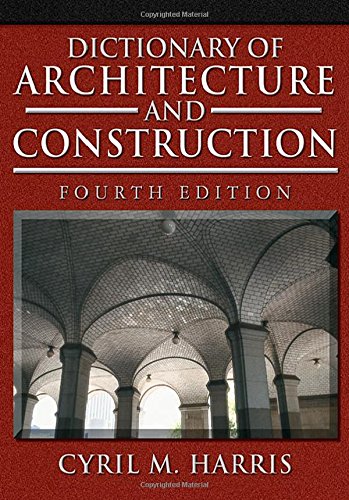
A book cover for Dictionary of Architecture and Construction (Dictionary of Architecture & Construction); Cyril Harris; Science & Math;